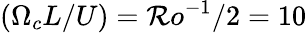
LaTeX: (\Omega_{c}L/U)=\mathcal{R}o^{-1}/2=10